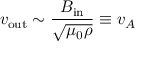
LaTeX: v _ { \mathrm { o u t } } \sim { \frac { B _ { \mathrm { i n } } } { \sqrt { \mu _ { 0 } \rho } } } \equiv v _ { A }